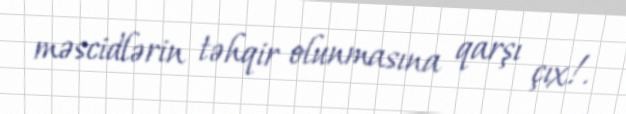
məscidlərin təhqir olunmasına qarşı çıx!.